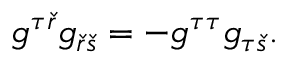
g ^ { \tau \check { r } } g _ { \check { r } \check { s } } = - g ^ { \tau \tau } g _ { \tau \check { s } } .